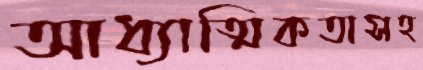
আধ্যাত্মিকতাসহ